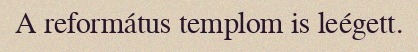
A református templom is leégett.